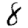
Digit: 8